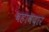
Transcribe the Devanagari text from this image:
बहावदार